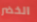
الخضر